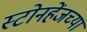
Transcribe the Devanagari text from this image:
स्टोनहेंजच्या